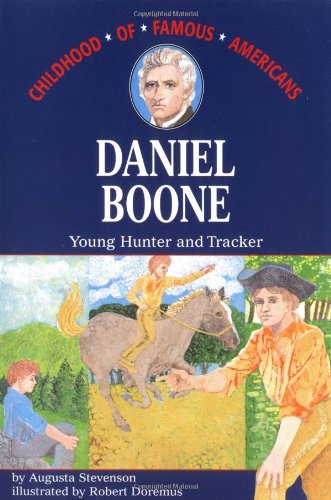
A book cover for Daniel Boone: Young Hunter and Tracker (Childhood of Famous Americans); Augusta Stevenson; Children's Books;